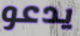
يدعو